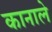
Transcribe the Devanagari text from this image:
कानाले